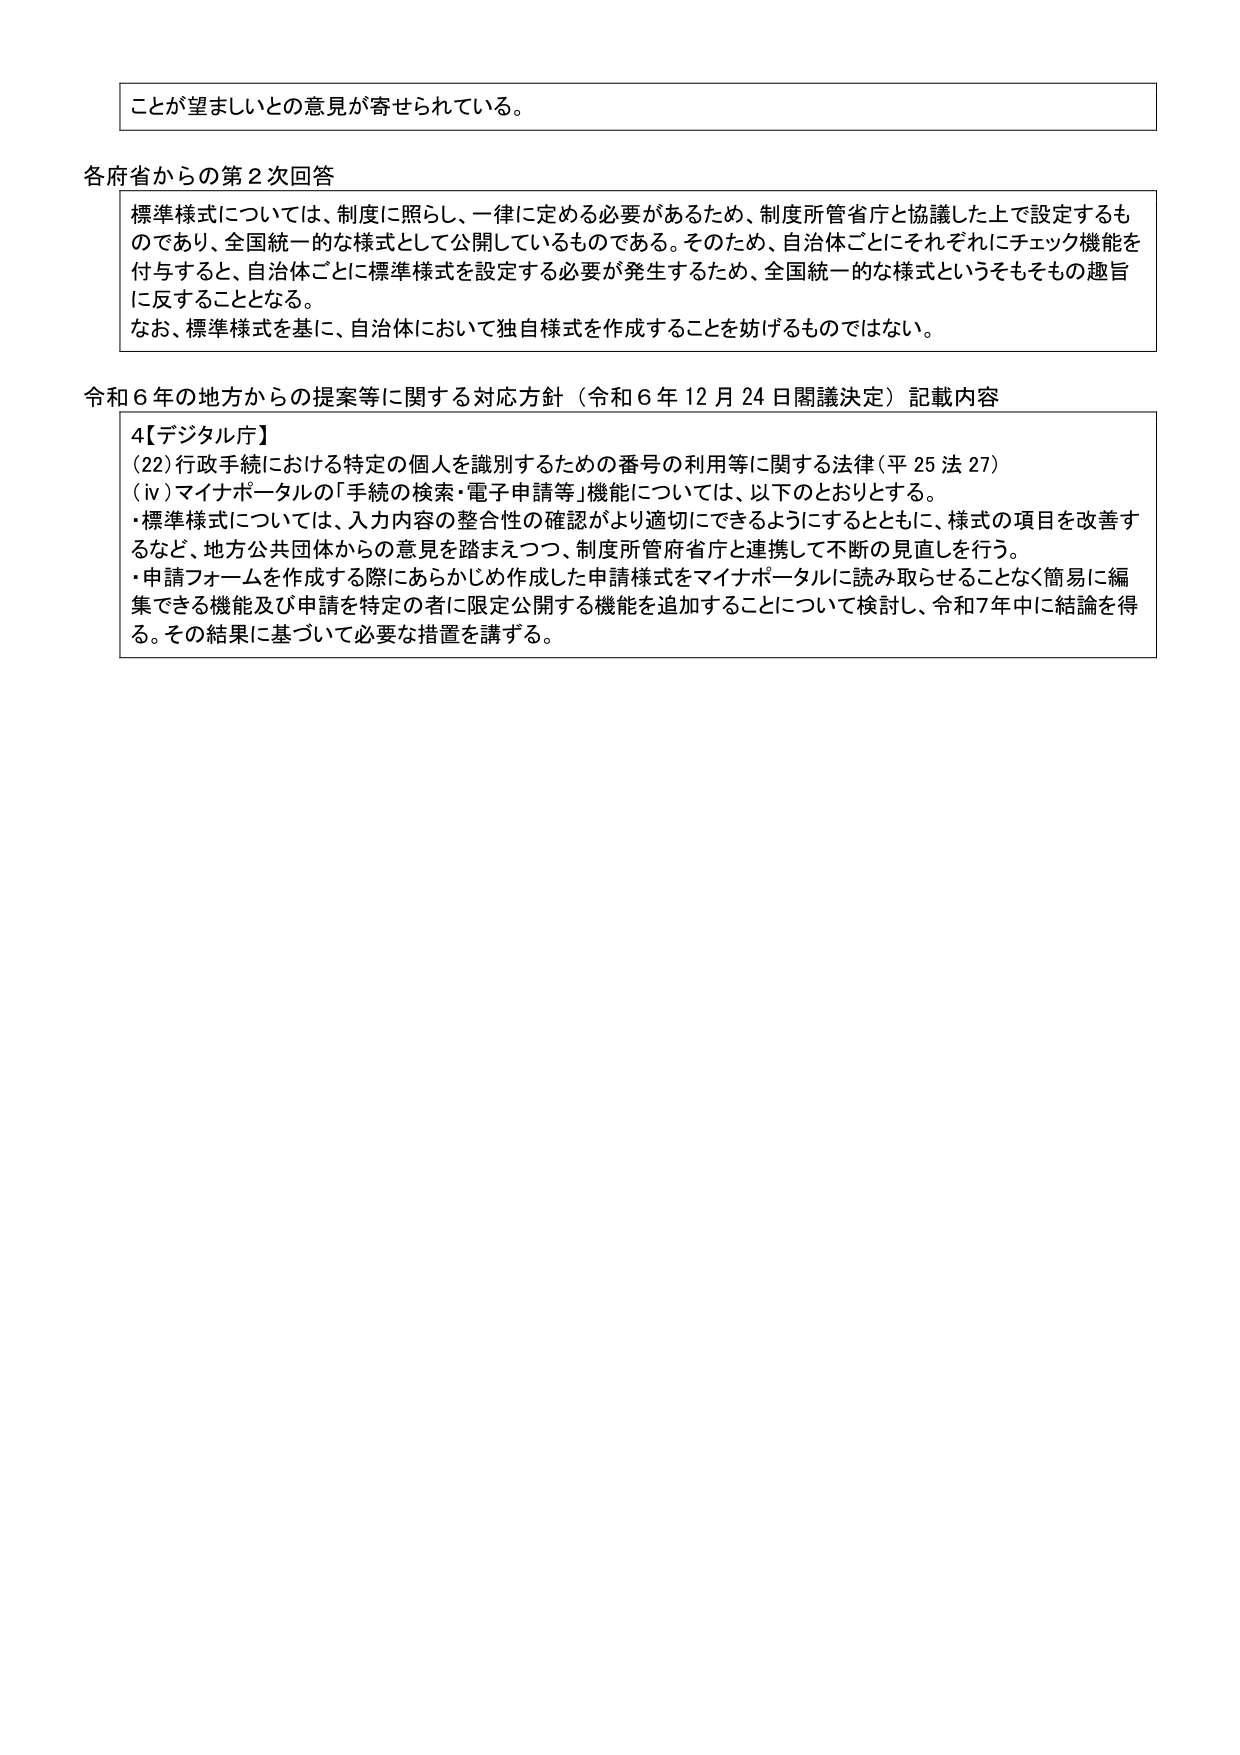
ことが望ましいとの意見が寄せられている。

各府省からの第２次回答
標準様式については、制度に照らし、一律に定める必要があるため、制度所管省庁と協議した上で設定するものであり、全国統一的な様式として公開しているものである。そのため、自治体ごとにそれぞれにチェック機能を付与すると、自治体ごとに標準様式を設定する必要が発生するため、全国統一的な様式というそもそもの趣旨に反することとなる。
なお、標準様式を基に、自治体において独自様式を作成することを妨げるものではない。

令和６年の地方からの提案等に関する対応方針（令和６年12月24日閣議決定）記載内容
4【デジタル庁】
(22) 行政手続における特定の個人を識別するための番号の利用等に関する法律（平25法27）
(iv) マイナポータルの「手続の検索・電子申請等」機能については、以下のとおりとする。
・標準様式については、入力内容の整合性の確認がより適切にできるようにするとともに、様式の項目を改善するなど、地方公共団体からの意見を踏まえつつ、制度所管府省庁と連携して不断の見直しを行う。
・申請フォームを作成する際にあらかじめ作成した申請様式をマイナポータルに読み取らせることなく簡易に編集できる機能及び申請を特定の者に限定公開する機能を追加することについて検討し、令和7年中に結論を得る。その結果に基づいて必要な措置を講ずる。